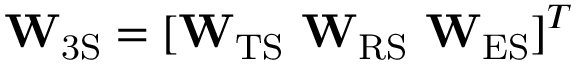
\mathbf { W } _ { \mathrm { 3 S } } = [ \mathbf { W } _ { \mathrm { T S } } \ \mathbf { W } _ { \mathrm { R S } } \ \mathbf { W } _ { \mathrm { E S } } ] ^ { T }